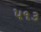
૫૧૩